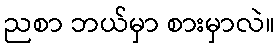
ညစာ ဘယ်မှာ စားမှာလဲ။